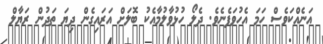
އަނެއްކަވެސް ހަމަ އެހުވަފެނެވެ. ދެލޯ ހުޅުވާލުމާއެކު ބޮލަށް އަރައިގެން ދިޔަ ތަދުން ރަޔާލް